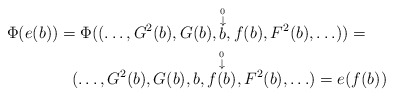
\begin{align*} \Phi(e(b)) = \Phi((\hdots, G^2(b), G(b),\stackrel{\stackrel{0}{\downarrow }}{ b}, f(b), F^2(b)&, \hdots))=\\ (\hdots, G^2(b), G(b), b, \stackrel{\stackrel{0}{\downarrow }}{f( b)}, F^2(b), \hdots&) = e( f(b))\end{align*}